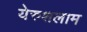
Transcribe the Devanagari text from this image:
येरुशलाम